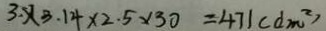
3 \times 3 . 1 4 \times 2 . 5 \times 3 0 = 4 7 1 ( d m ^ { 2 } )